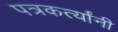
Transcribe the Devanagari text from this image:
पत्रकर्त्यांनी